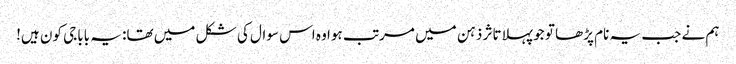
ہم نے جب یہ نام پڑھا تو جو پہلا تاثر ذہن میں مرتب ہوا وہ اس سوال کی شکل میں تھا: یہ باباجی کون ہیں!